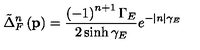
\tilde { \Delta } _ { F } ^ { n } \left( \mathbf { p } \right) = \frac { \left( - 1 \right) ^ { n + 1 } \Gamma _ { E } } { 2 \sinh \gamma _ { E } } e ^ { - | n | \gamma _ { E } }